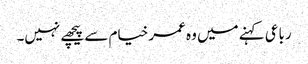
رباعی کہنے میں وہ عمر خیام سے پیچھے نہیں۔